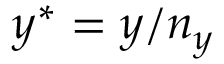
y ^ { * } = y / n _ { y }